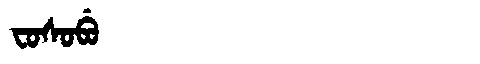
Manchu: ᠸᠣᠰᠣᠪᡠ
Romanization: FOSOBU